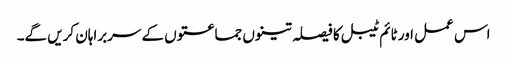
اس عمل اور ٹائم ٹیبل کا فیصلہ تینوں جماعتوں کے سربراہان کریں گے۔